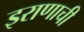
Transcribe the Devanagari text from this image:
इराणाची